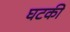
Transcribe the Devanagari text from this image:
घटकी